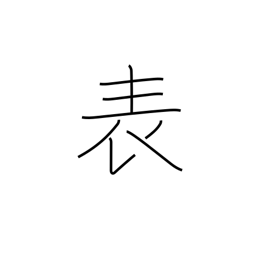
Meaning: surface